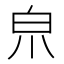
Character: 𤽄